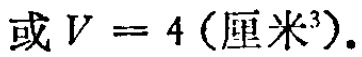
或 \(V = 4 (\text{厘米}^3)\).